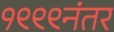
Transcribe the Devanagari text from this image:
१९९९नंतर